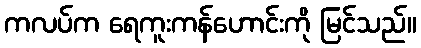
ကလပ်က ရေကူးကန်ဟောင်းကို မြင်သည်။